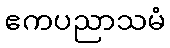
ဧကပညာသမံ